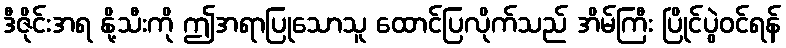
ဒီဇိုင်းအရ နို့သီးကို ဤအရာပြုသောသူ ထောင်ပြလိုက်သည် အိမ်ကြီး ပြိုင်ပွဲဝင်ရန်